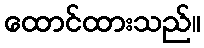
ထောင်ထားသည်။